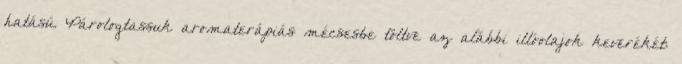
hatású. Párologtassuk aromaterápiás mécsesbe töltve az alábbi illóolajok keverékét: